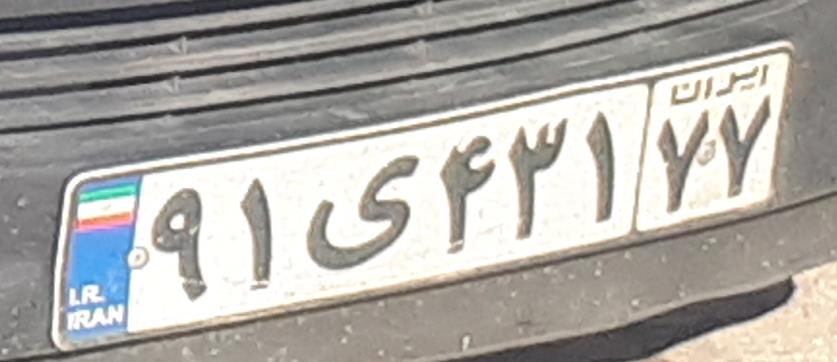
۹۱ی۴۳۱۷۷